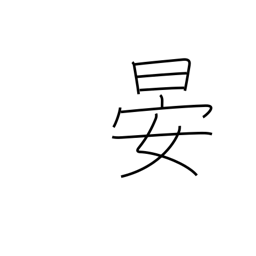
Meaning: sets (sun)